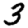
Digit: 3